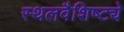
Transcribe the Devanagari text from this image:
स्थलवैशिष्ट्ये